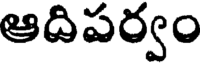
ఆదిపర్వం